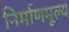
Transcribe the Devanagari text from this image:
निर्माणमूल्य